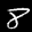
Label: 8